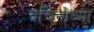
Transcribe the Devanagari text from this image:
पचिनोच्या